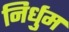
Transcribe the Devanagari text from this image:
निर्धुम